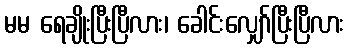
မမ ရေချိုးပြီးပြီလား၊ ခေါင်းလျှော်ပြီးပြီလား